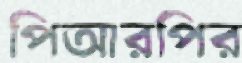
পিআরপির